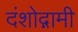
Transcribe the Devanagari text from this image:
दंशोद्गामी